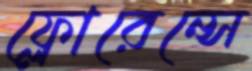
ফ্লোরেন্সে